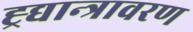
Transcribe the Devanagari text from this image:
ह्र्द्यान्त्रावरण